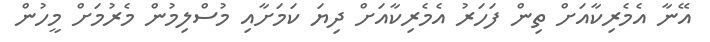
އޭނާ އެމެރިކާއަށް ތިން ފަހަރު އެމެރިކާއަށް ދިޔަ ކަމަށާއި މުސްލިމުން މެރުމަށް މީހުން